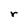
Character: r